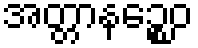
အတ္တာနဉ္စေဝ